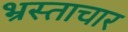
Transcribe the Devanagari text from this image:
भ्रस्ताचार